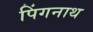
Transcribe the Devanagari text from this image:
पिंगनाथ